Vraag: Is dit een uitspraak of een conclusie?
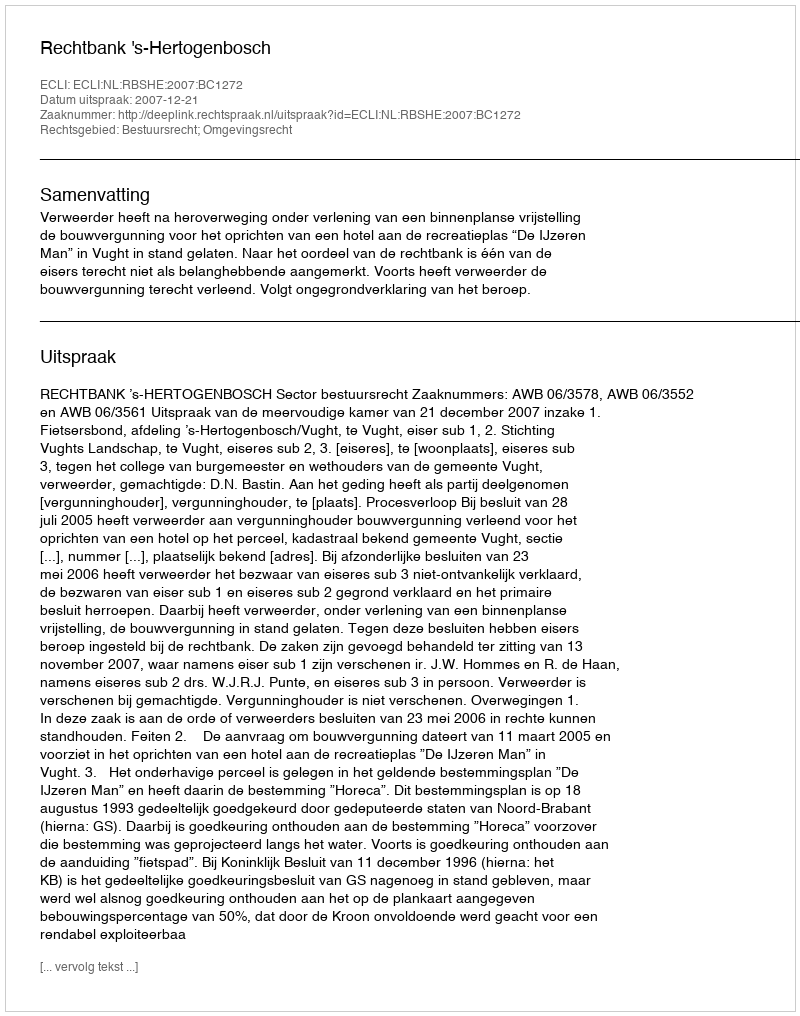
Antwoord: Uitspraak